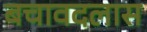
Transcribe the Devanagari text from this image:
बचावदलास